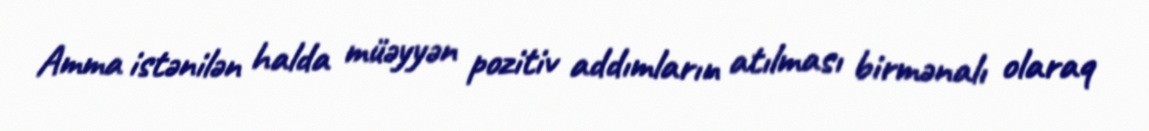
Amma istənilən halda müəyyən pozitiv addımların atılması birmənalı olaraq